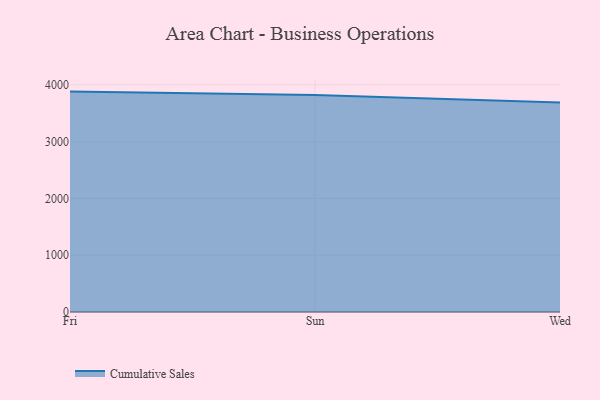
{"axis": {"x": "Day", "y": "Demand Index"}, "legend": ["Cumulative Sales"], "data": [{"x": "Fri", "y": 3880.9, "type": "Cumulative Sales"}, {"x": "Sun", "y": 3822.3, "type": "Cumulative Sales"}, {"x": "Wed", "y": 3687.5, "type": "Cumulative Sales"}]}